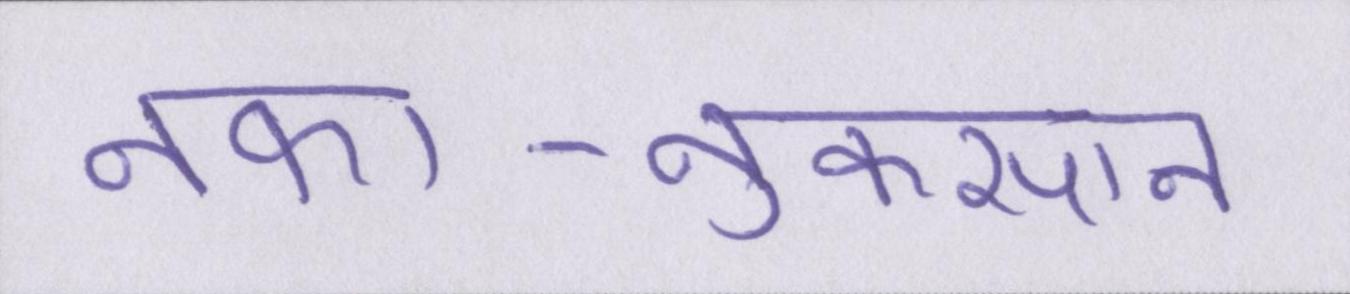
नफा-नुकसान